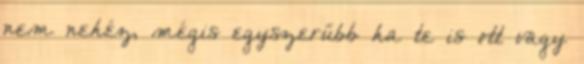
nem nehéz, mégis egyszerűbb ha te is ott vagy